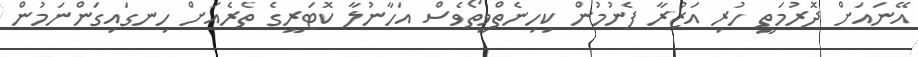
އޭނައަށް ދޮރުމަތީ ހުރި އަޒުރާ ފެނުމުން ކިހިނެތްވީތޯވެސް އަހާނުލާ ކޮޓަރީގެ ތެރެއަށް ހިނގައިގަންނަމުން